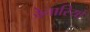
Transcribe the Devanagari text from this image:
जेनारियो